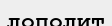
лополит